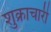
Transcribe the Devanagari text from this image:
शुक्राचारी